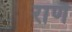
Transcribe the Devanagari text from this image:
राणै